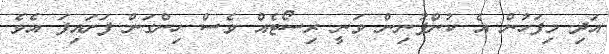
އަދި މިފަހުން އެ ކުންފުނިން ވަނީ ރިސޯޓެއް ވެސް ހިންގަން ފަށައިފަ އެވެ.